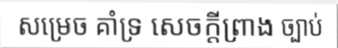
សម្រេច គាំទ្រ សេចក្តីព្រាង ច្បាប់